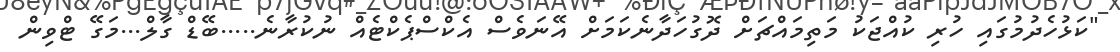
"ކަޅުހެދުމުގައި ހުރި ކުއްޖަކު މަތިމައްޗަށް ދޮގުހަދާނެކަމަށް އޭނަވެސް އެކްސްޕެކްޓެއް ނުކުރާނެ.....ބޭޑް ގާލް...މަގޭ ޓްވިން